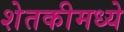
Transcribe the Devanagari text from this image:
शेतकीमध्ये